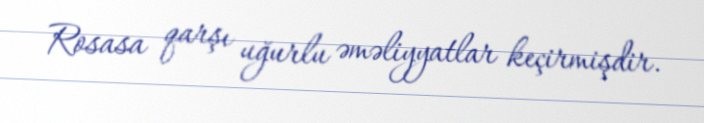
Rosasa qarşı uğurlu əməliyyatlar keçirmişdir.